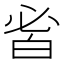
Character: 𤽣